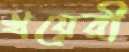
খয়েরী